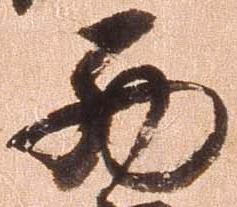
西